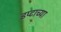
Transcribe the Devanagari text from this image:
इप्टाच्या